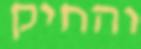
והחיק